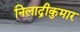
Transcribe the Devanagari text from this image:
निलाद्रीकुमार